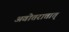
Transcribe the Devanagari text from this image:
अवोत्तरात्तात्